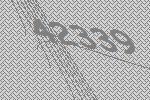
42339